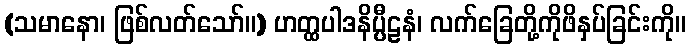
(သမာနော၊ ဖြစ်လတ်သော်။) ဟတ္ထပါဒနိပ္ပီဠနံ၊ လက်ခြေတို့ကိုဖိနှပ်ခြင်းကို။